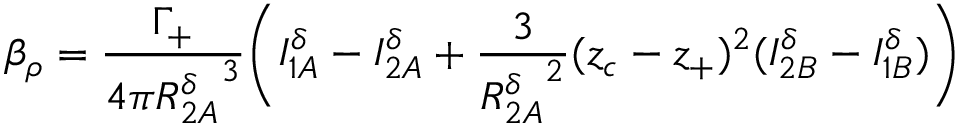
\beta _ { \rho } = \frac { \Gamma _ { + } } { 4 \pi { R _ { 2 A } ^ { \delta } } ^ { 3 } } \Bigg ( I _ { 1 A } ^ { \delta } - I _ { 2 A } ^ { \delta } + \frac { 3 } { { R _ { 2 A } ^ { \delta } } ^ { 2 } } ( z _ { c } - z _ { + } ) ^ { 2 } ( I _ { 2 B } ^ { \delta } - I _ { 1 B } ^ { \delta } ) \Bigg )